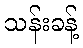
သန်းခန့်